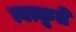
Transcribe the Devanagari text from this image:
त्वत्कृते